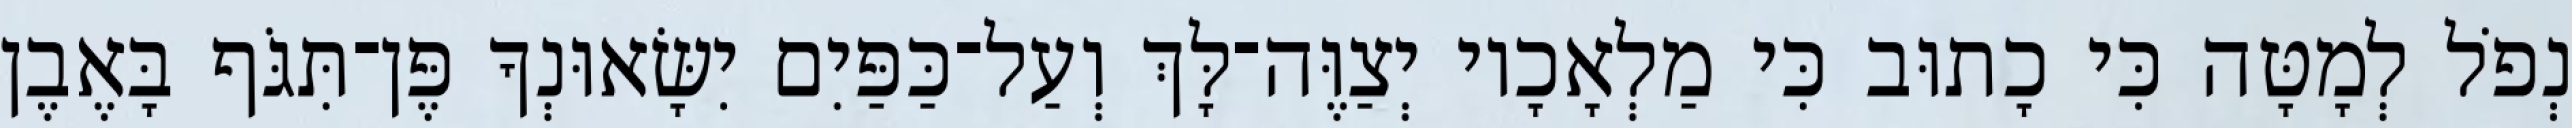
נְפֹל לְמָטָּה כִּי כָתוּב כִּי מַלְאָכָיו יְצַוֶּה־לָּךְ וְעַל־כַּפַּיִם יִשָּׂאוּנְךָ פֶּן־תִּגֹּף בָּאֶבֶן